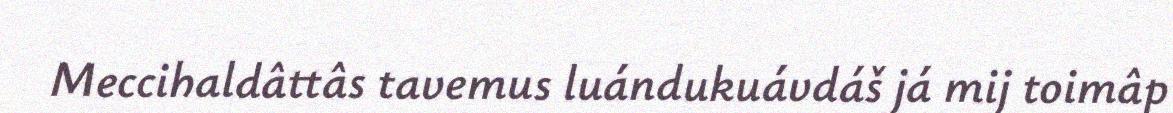
Meccihaldâttâs tavemus luándukuávdáš já mij toimâp